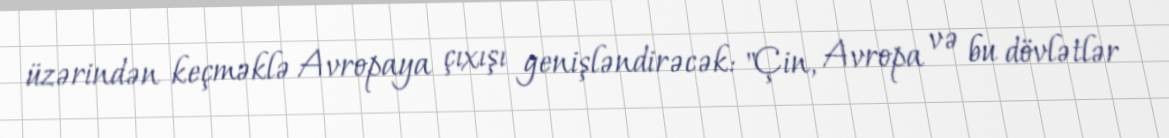
üzərindən keçməklə Avropaya çıxışı genişləndirəcək: "Çin, Avropa və bu dövlətlər